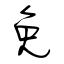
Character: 免